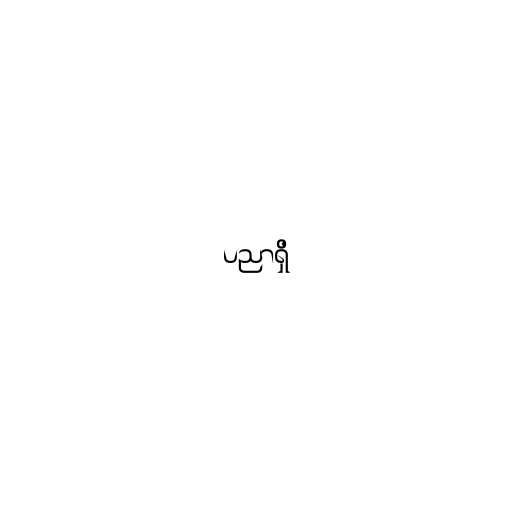
ပညာရှိ